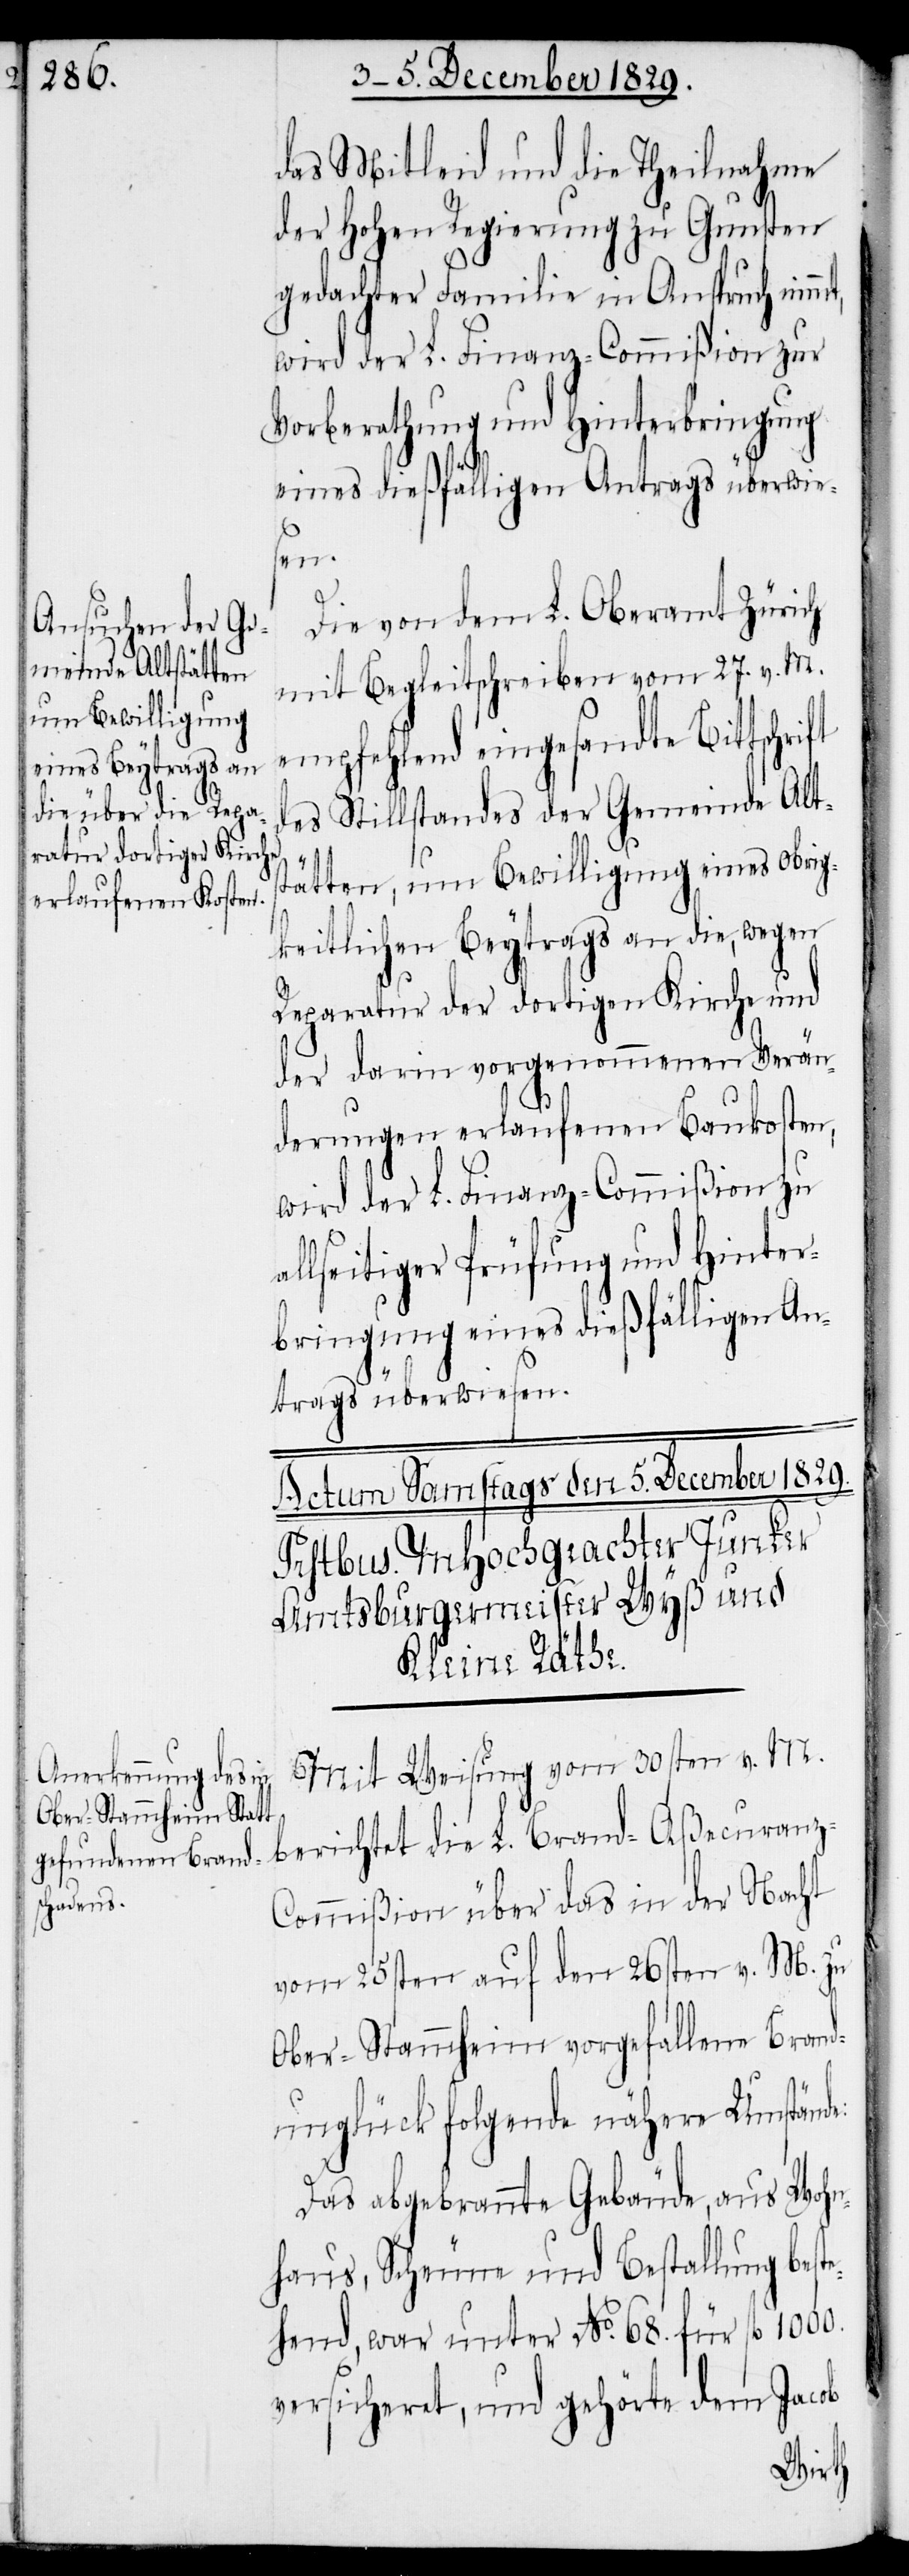
das Mitleid und die Theilnahme
der hohen Regierung zu Gunsten
gedachter Familie in Anspruch nim¬
wird der L. Finanz-Commißion zur
Vorberathung und Hinterbringung
eines dießfälligen Antrags überwie¬
sen.
e:
Die von dem L. Oberamt Zürich
mit Begleitschreiben vom 27. v. M.
empfehlend eingesandte Bittschrift
des Stillstandes der Gemeinde Alts¬
tätten, um Bewilligung eines obrig¬
keitlichen Beytrags an die, wegen
Reparatur der dortigen Kirche und
der darin vorgenommenen Verän¬
derungen erlaufenen Baukosten,
wird der L. Finanzcommißion zu
allseitiger Prüfung und Hinter¬
bringung eines dießfälligen An¬
trags überwiesen.
Mit Weisung vom 30sten v. M.
berichtet die L. Brand-Aßecuranz-C¬
ommißion über das in der Nacht
vom 25sten auf den 26sten v. M. zu
Ober-Stammheim vorgefallene Brand¬
unglück folgende nähere Umständ¬
Das abgebrannte Gebäude, aus Wohn¬
haus, Scheune und Bestallung beste¬
hend, war unter No. 68. für fl. 1000.
versicheret, und gehörte dem Jacob